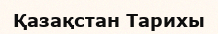
Қазақстан Тарихы